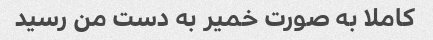
کاملا به صورت خمیر به دست من رسید